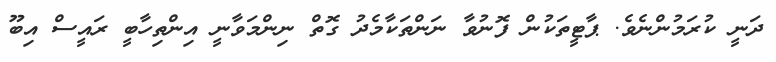
ދަނީ ކުރަމުންނެވެ. ޕާޓީތަކުން ފޮނުވާ ނަންތަކާމެދު ގޮތް ނިންމަވާނީ އިންތިހާބީ ރައީސް އިބޫ